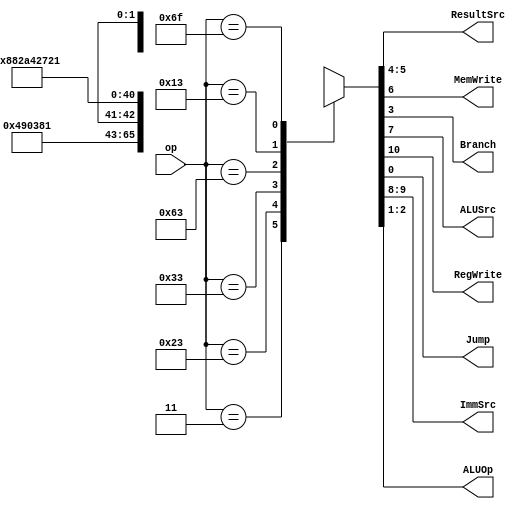
`timescale 1ns / 1ps
//////////////////////////////////////////////////////////////////////////////////
// Company: 
// Engineer: 
// 
// Design Name: 
// Module Name: main_decoder
// Project Name: 
// Target Devices: 
// Tool Versions: 
// Description: 
// 
// Dependencies: 
// 
// Revision:
// Revision 0.01 - File Created
// Additional Comments:
// 
//////////////////////////////////////////////////////////////////////////////////


module main_decoder(
input [6:0] op,
output [1:0] ResultSrc,
output MemWrite,
output Branch, ALUSrc,
output RegWrite, Jump,
output [1:0] ImmSrc,
output [1:0] ALUOp
);

reg [10:0] controls;
assign {RegWrite, ImmSrc, ALUSrc, MemWrite,
        ResultSrc, Branch, ALUOp, Jump} = controls;

always @(*) begin
case(op)
// RegWrite_ImmSrc_ALUSrc_MemWrite_ResultSrc_Branch_ALUOp_Jump
7'b0000011: controls = 11'b1_00_1_0_01_0_00_0; // lw
7'b0100011: controls = 11'b0_01_1_1_00_0_00_0; // sw
7'b0110011: controls = 11'b1_xx_0_0_00_0_10_0; // Rtype
7'b1100011: controls = 11'b0_10_0_0_00_1_01_0; // beq
7'b0010011: controls = 11'b1_00_1_0_00_0_10_0; // Itype ALU
7'b1101111: controls = 11'b1_11_0_0_10_0_00_1; // jal
default: controls = 11'bx_xx_x_x_xx_x_xx_x; // ??? 
endcase
end
endmodule